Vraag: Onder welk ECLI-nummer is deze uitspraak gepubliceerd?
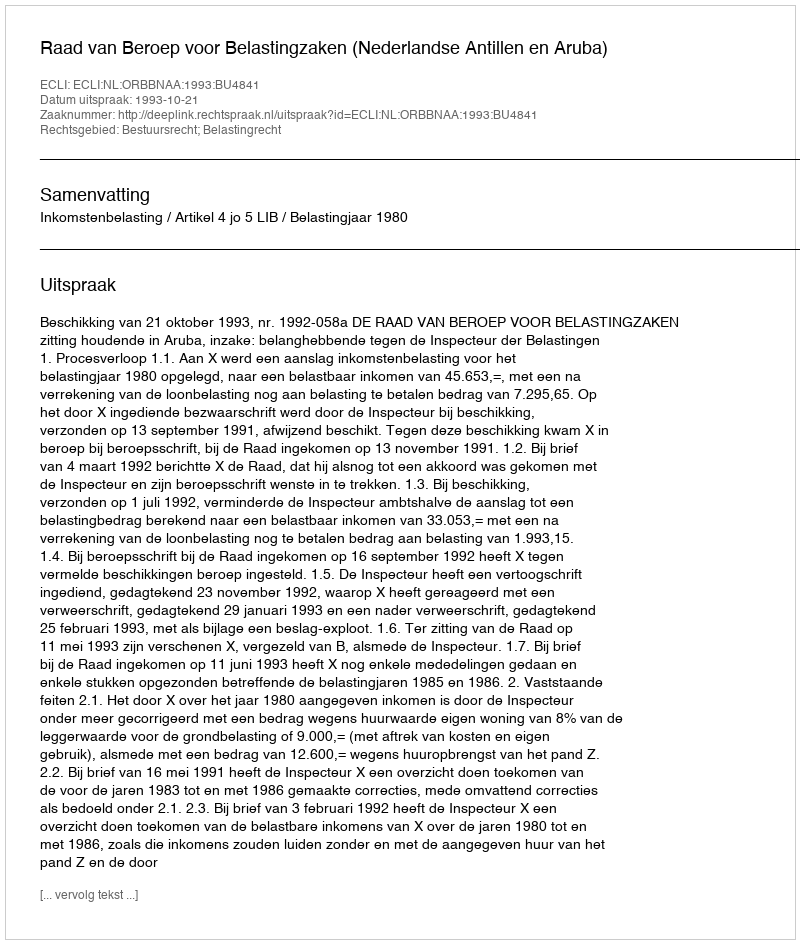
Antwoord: ECLI:NL:ORBBNAA:1993:BU4841